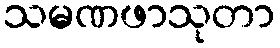
သမဏဖာသုတာ